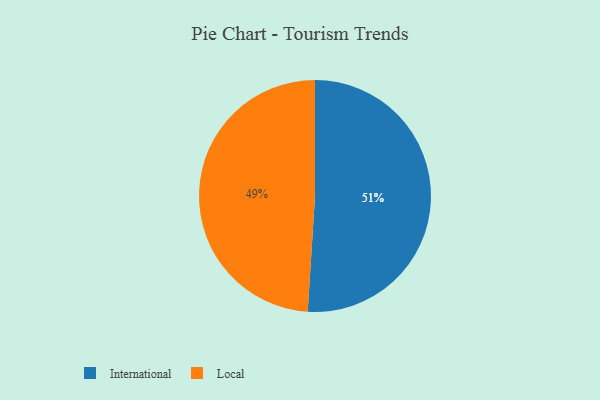
{"axis": {"x": "Category", "y": "Percentage"}, "legend": ["International", "Local"], "data": [{"x": "Local", "y": 49, "type": "Local"}, {"x": "International", "y": 51, "type": "International"}]}